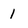
Character: 1